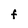
Character: F